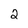
Character: 2